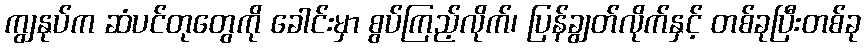
ကျွနုပ်က ဆံပင်တုတွေကို ခေါင်းမှာ စွပ်ကြည့်လိုက်၊ ပြန်ချွတ်လိုက်နှင့် တစ်ခုပြီးတစ်ခု